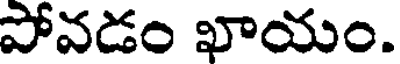
పోవడం ఖాయం.